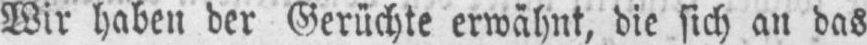
Wir haben der Gerüchte erwähnt, die sich an das